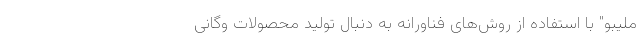
ملیبو" با استفاده از روش‌های فناورانه به دنبال تولید محصولات وگانی